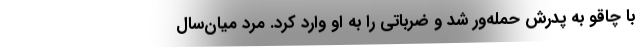
با چاقو به پدرش حمله‌ور شد و ضرباتی را به او وارد کرد. مرد میان‌سال